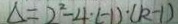
\Delta = 2 ^ { 2 } - 4 \cdot ( - 1 ) \cdot ( k - 1 )